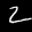
Digit: 2